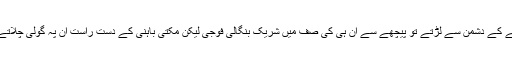
وہ سرحدوں پہ سامنے کے دشمن سے لڑتے تو پیچھے سے ان ہی کی صف میں شریک بنگالی فوجی لیکن مکتی باہنی کے دستِ راست ان پہ گولی چلاتے اور بغاوت کر تے۔